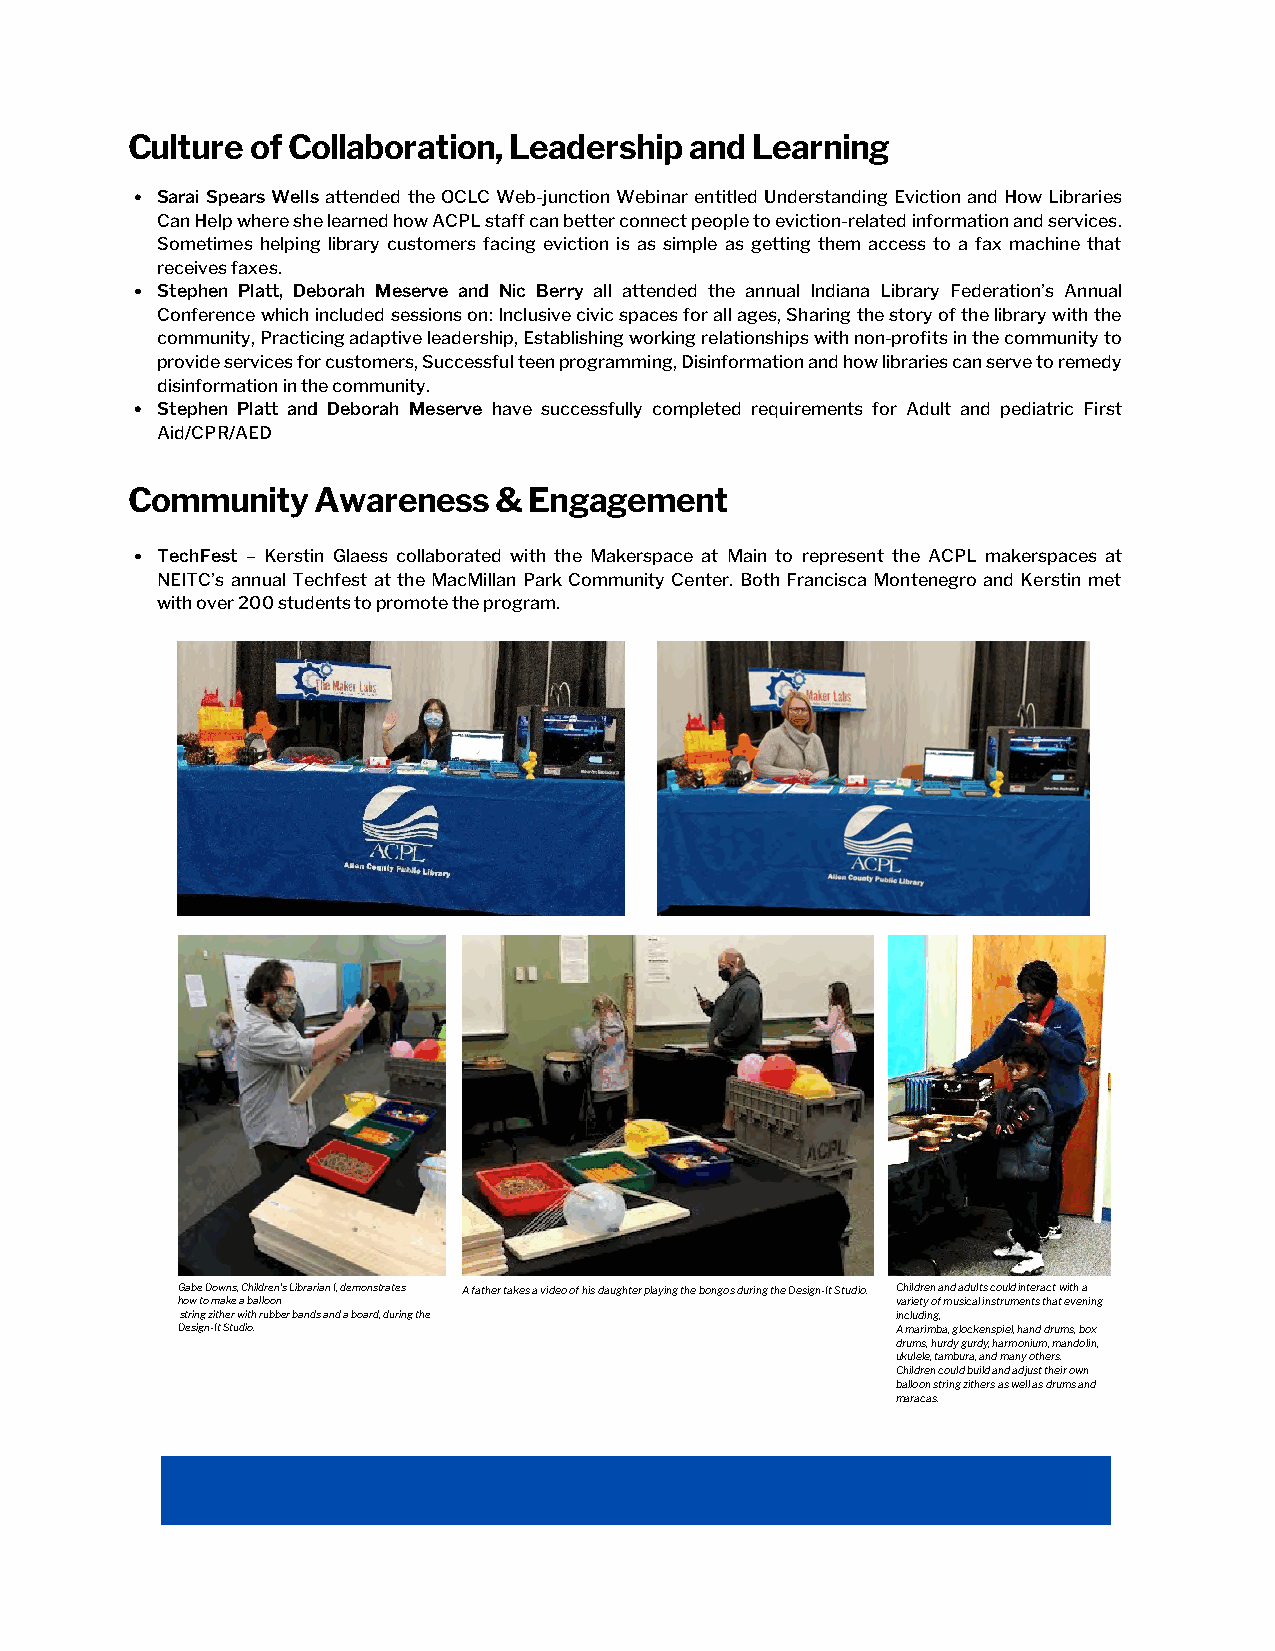
Culture  of Collaboration, Leadership and Learning
 Sarai Spears Wells attended the OCLC Web-junction Webinar entitled Understanding Eviction and How Libraries
 Can Help where she learned how ACPL staff can better connect people to eviction-related information and services.
 Sometimes helping library customers facing eviction is as simple as getting them access to a fax machine that
 receives faxes.
 Stephen Platt, Deborah Meserve and Nic Berry all attended the annual Indiana Library Federation’s Annual
 Conference which included sessions on: Inclusive civic spaces for all ages, Sharing the story of the library with the
 community, Practicing adaptive leadership, Establishing working relationships with non-profits in the community to
 provide services for customers, Successful teen programming, Disinformation and how libraries can serve to remedy
 disinformation in the community.
 Stephen Platt and Deborah Meserve have successfully completed requirements for Adult and pediatric First
 Aid/CPR/AED
 Community    Awareness   & Engagement
 TechFest – Kerstin Glaess collaborated with the Makerspace at Main to represent the ACPL makerspaces at
 NEITC’s annual Techfest at the MacMillan Park Community Center. Both Francisca Montenegro and Kerstin met
 with over 200 students to promote the program.
 Gabe Downs, Children’s Librarian I, demonstrates A father takes a video of his daughter playing the bongos during the Design-It Studio. Children and adults could interact with a
 how to make a balloon                          variety of musical instruments that evening
 string zither with rubber bands and a board, during the including,
 Design-It Studio.                              A marimba, glockenspiel, hand drums, box
 drums, hurdy gurdy, harmonium, mandolin,
 ukulele, tambura, and many others.
 Children could build and adjust their own
 balloon string zithers as well as drums and
 maracas.